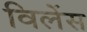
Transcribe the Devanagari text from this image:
विलेंस